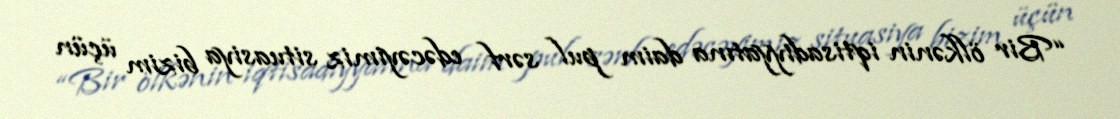
“Bir ölkənin iqtisadiyyatına daim pul sərf edəcəyimiz situasiya bizim üçün